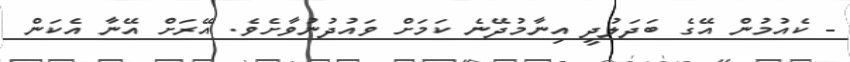
- ކެއުމުން އޭގެ ބަދަލުދީ އިނާމުދޭނެ ކަމަށް ވައުދުނުވާށެވެ. އޭރަށް އޭނާ އެކަން